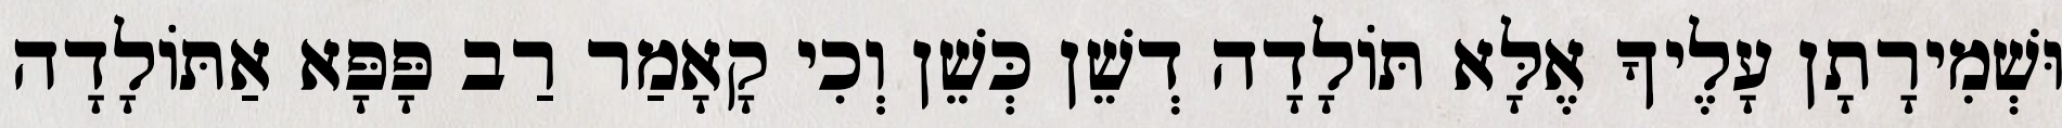
וּשְׁמִירָתָן עָלֶיךָ אֶלָּא תּוֹלָדָה דְשֵׁן כְּשֵׁן וְכִי קָאָמַר רַב פָּפָּא אַתּוֹלָדָה